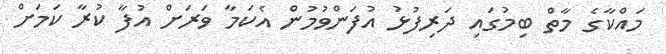
މައްކާގެ މާތް ބިމުގައި ދަރިފުޅު އުފަންވުމުން އެކަމާ ވަރަށް އުފާ ކުރާ ކަމަށް